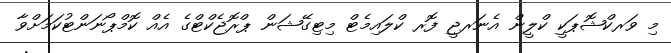
މި ވަރކްޝޮޕަކީ ކްލީން އެނަރޖީ ފޮރ ކްލައިމެޓް މިޓިގޭޝަން ޕްރޮޖެކްޓްގެ އެއް ކޮމްޕޯނަންޓުކަމަށްވާ